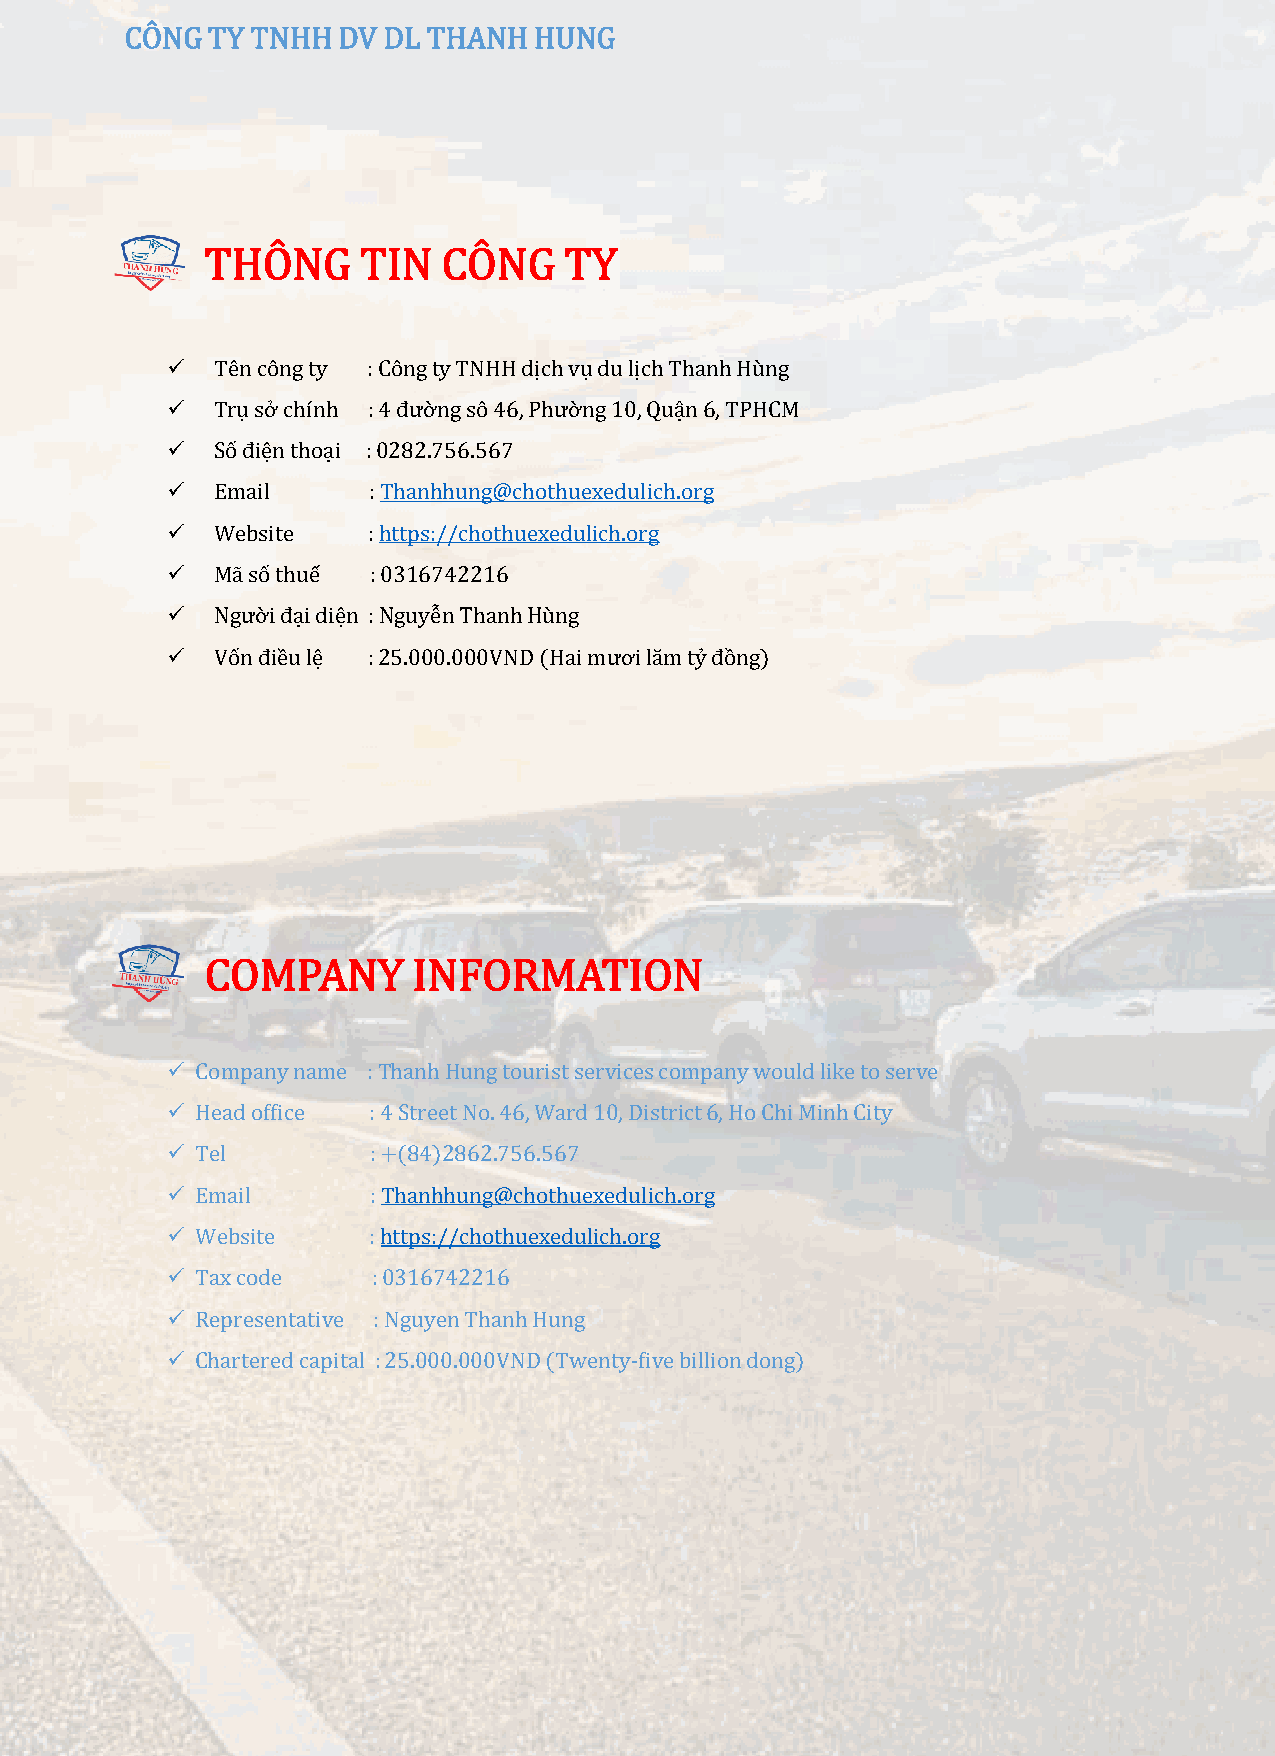
CÔNG  TY TNHH DV DL THANH  HUNG
 THÔNG     TIN  CÔNG    TY
   Tên công ty : Côngty TNHH dịchvụdu lịchThanhHùng
   Trụ sở chính : 4 đườngsô46, Phường10, Quận6, TPHCM
   Số điện thoại : 0282.756.567
   Email     : Thanhhung@chothuexedulich.org
   Website   : https://chothuexedulich.org
   Mã số thuế : 0316742216
   Người đại diện : NguyễnThanhHùng
   Vốn điều lệ : 25.000.000VND (Hai mươilămtỷđồng)
 COMPANY      INFORMATION
  Company name : Thanh Hung tourist services company would like to serve
  Head office : 4Street No. 46, Ward 10, District 6, Ho Chi Minh City
  Tel        : +(84)2862.756.567
  Email       : Thanhhung@chothuexedulich.org
  Website    : https://chothuexedulich.org
  Tax code    : 0316742216
  Representative : Nguyen ThanhHung
  Chartered capital : 25.000.000VND (Twenty-five billion dong)